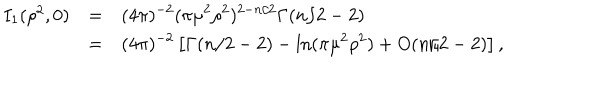
\begin{array} { r c l } { { I _ { 1 } ( \rho ^ { 2 } , 0 ) } } & { { = } } & { { \displaystyle ( 4 \pi ) ^ { - 2 } ( \pi \mu ^ { 2 } \rho ^ { 2 } ) ^ { 2 - n / 2 } \Gamma ( n / 2 - 2 ) } } \\ { { } } & { { = } } & { { \displaystyle ( 4 \pi ) ^ { - 2 } \left[ \Gamma ( n / 2 - 2 ) - \ln ( \pi \mu ^ { 2 } \rho ^ { 2 } ) + O ( n / 2 - 2 ) \right] , } } \\ \end{array}